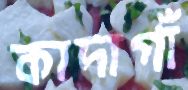
কাদাগাঁ